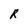
Character: R